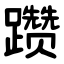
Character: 躜